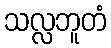
သလ္လဘူတံ